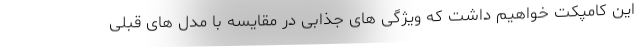
این کامپکت خواهیم داشت که ویژگی های جذابی در مقایسه با مدل های قبلی